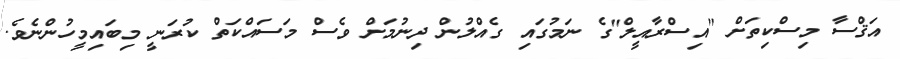
އަޤްސާ މިސްކިތަށް "އިސްރާއީލް"ގެ ނަމުގައި ގެއްލުން ދިނުމަށް ވެސް މަސައްކަތް ކުރަނީ މިބައިމީހުންނެވެ.